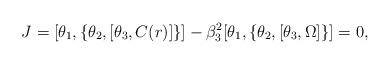
LaTeX: \begin{align*}J=[\theta_1,\{\theta_2,[\theta_3,C(r)]\}]-\beta_{3}^2[\theta_1,\{\theta_2,[\theta_3,\Omega]\}]=0,\end{align*}